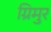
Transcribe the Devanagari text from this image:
ग्रिमुर